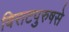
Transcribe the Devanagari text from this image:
विराटपुरुषसे